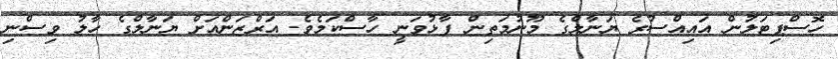
ހޮސްޕިޓަލުން އައިއްސުރެ ޔަނާލްގެ މޫނުމަތިން ފާޅުވަނީ ހާސްކަމެވެ. އަރްޒަންއަށް ޔަނާލްގެ ހާލު ވިސްނި